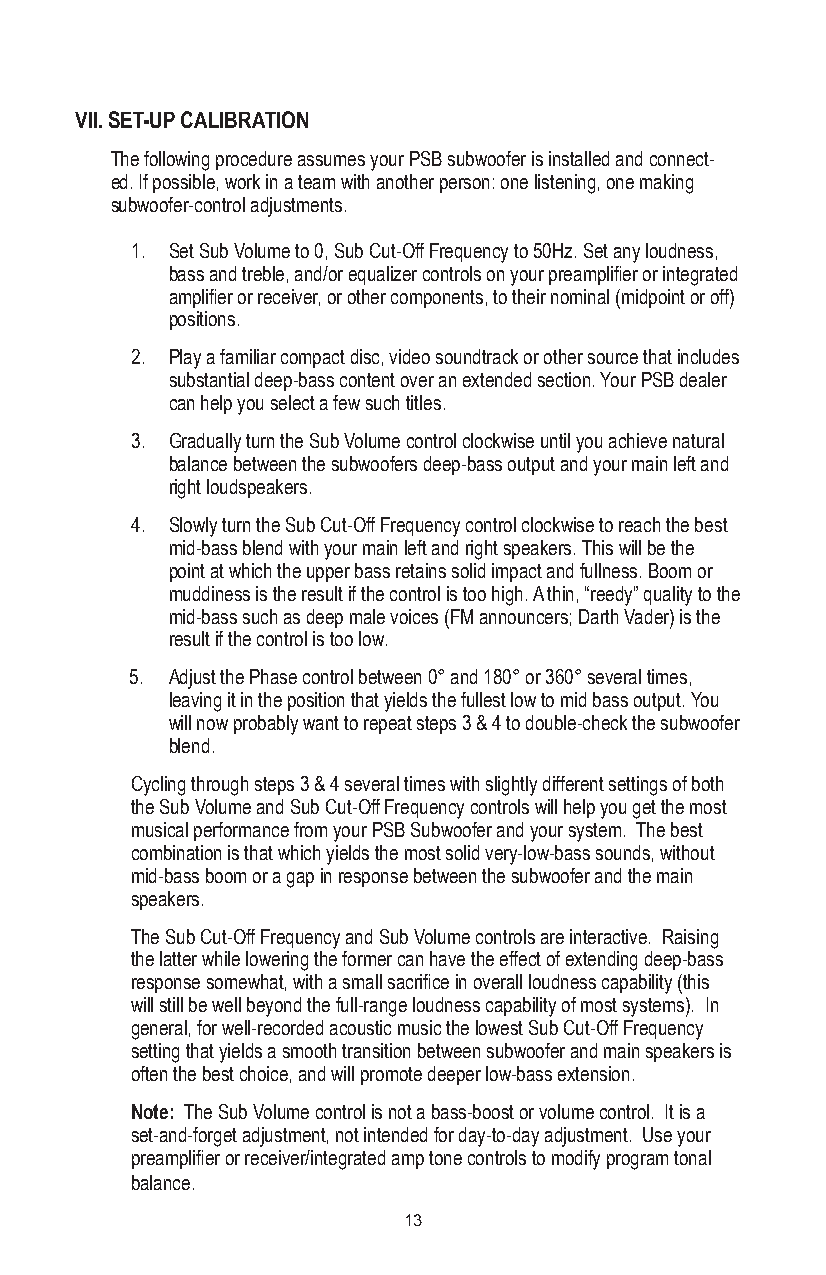
VII. SET-UP CALIBRATION
 The following procedure assumes your PSB subwoofer is installed and connect-
 ed. If possible, work in a team with another person: one listening, one making
 subwoofer-control adjustments.
 1. Set Sub Volume to 0, Sub Cut-Off Frequency to 50Hz. Set any loudness,
 bass and treble, and/or equalizer controls on your preamplifier or integrated
 amplifier or receiver, or other components, to their nominal (midpoint or off)
 positions.
 2. Play a familiar compact disc, video soundtrack or other source that includes
 substantial deep-bass content over an extended section. Your PSB dealer
 can help you select a few such titles.
 3. Gradually turn the Sub Volume control clockwise until you achieve natural
 balance between the subwoofers deep-bass output and your main left and
 right loudspeakers.
 4. Slowly turn the Sub Cut-Off Frequency control clockwise to reach the best
 mid-bass blend with your main left and right speakers. This will be the
 point at which the upper bass retains solid impact and fullness. Boom or
 muddiness is the result if the control is too high. A thin, “reedy” quality to the
 mid-bass such as deep male voices (FM announcers; Darth Vader) is the
 result if the control is too low.
 5. Adjust the Phase control between 0° and 180° or 360° several times,
 leaving it in the position that yields the fullest low to mid bass output. You
 will now probably want to repeat steps 3 & 4 to double-check the subwoofer
 blend.
 Cycling through steps 3 & 4 several times with slightly different settings of both
 the Sub Volume and Sub Cut-Off Frequency controls will help you get the most
 musical performance from your PSB Subwoofer and your system. The best
 combination is that which yields the most solid very-low-bass sounds, without
 mid-bass boom or a gap in response between the subwoofer and the main
 speakers.
 The Sub Cut-Off Frequency and Sub Volume controls are interactive. Raising
 the latter while lowering the former can have the effect of extending deep-bass
 response somewhat, with a small sacrifice in overall loudness capability (this
 will still be well beyond the full-range loudness capability of most systems). In
 general, for well-recorded acoustic music the lowest Sub Cut-Off Frequency
 setting that yields a smooth transition between subwoofer and main speakers is
 often the best choice, and will promote deeper low-bass extension.
 Note: The Sub Volume control is not a bass-boost or volume control. It is a
 set-and-forget adjustment, not intended for day-to-day adjustment. Use your
 preamplifier or receiver/integrated amp tone controls to modify program tonal
 balance.
 13